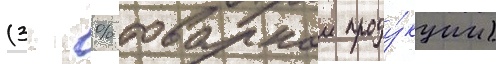
(3 % товарнои проду́кции)